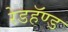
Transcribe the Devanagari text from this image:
रेडहॅण्ड